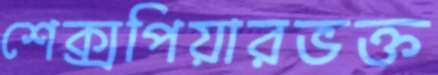
শেক্সপিয়ারভক্ত